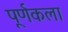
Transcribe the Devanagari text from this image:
पूर्णकला